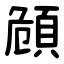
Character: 頠